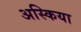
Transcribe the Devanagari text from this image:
अस्किया